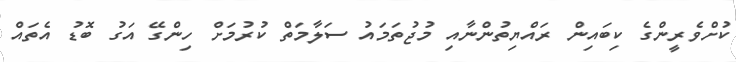
ކުށްވެރީންގެ ކިބައިން ރައްޔިތުންނާއި މުޖުތަމައު ސަލާމަތް ކުރުމަށް ހިންގޭ އަގު ބޮޑު އެތައް